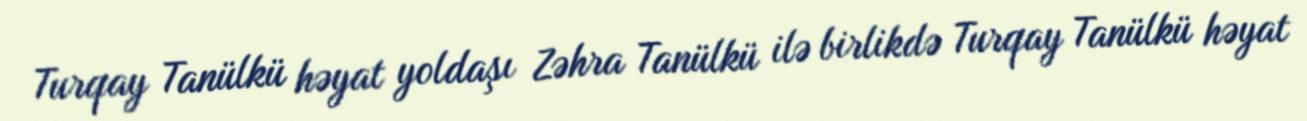
Turqay Tanülkü həyat yoldaşı Zəhra Tanülkü ilə birlikdə Turqay Tanülkü həyat